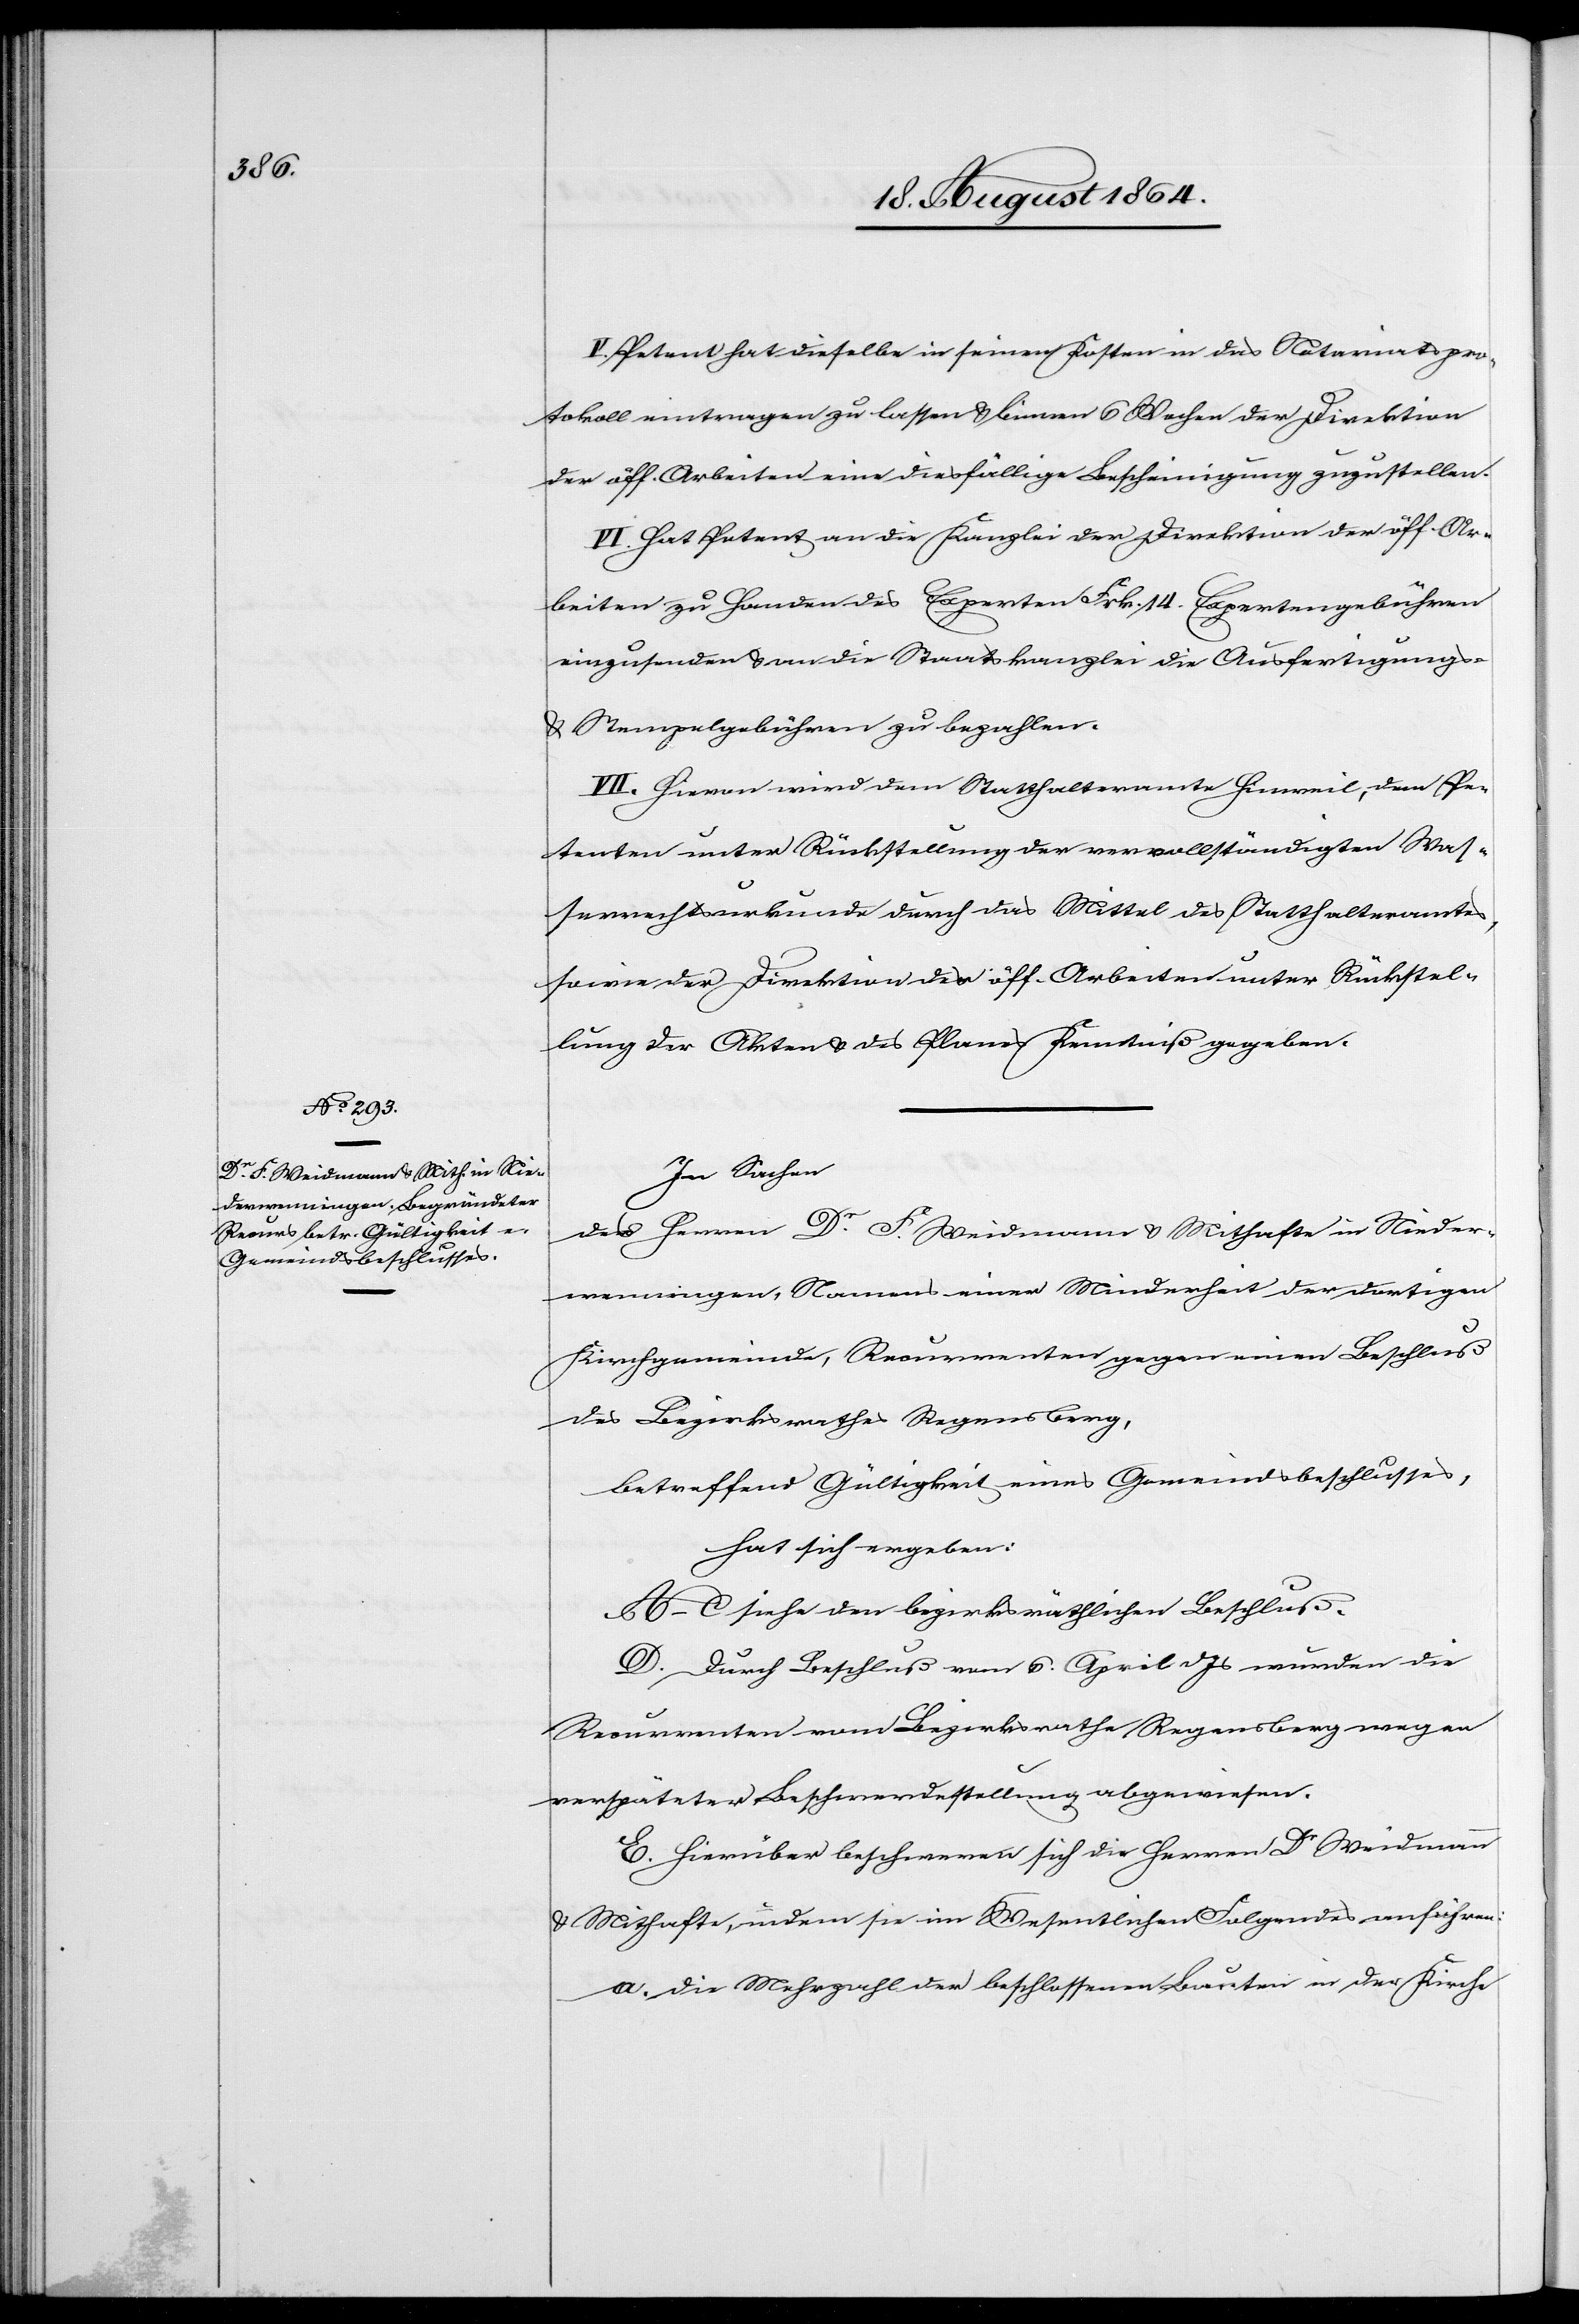
V. Petent hat dieselbe in seinen Kosten in das Notariatspro¬
tokoll eintragen zu lassen & binnen 6 Wochen der Direktion
der öff. Arbeiten eine diesfällige Bescheinigung zuzustellen.
VI. Hat Petent an die Kanzlei der Direktion der öff. Ar¬
beiten zu Handen des Experten Frk. 14 Expertengebühren
einzusenden & an die Staatskanzlei die Ausfertigungs-
& Stempelgebühren zu bezahlen.
VII. Hievon wird dem Statthalteramte Hinweil, dem Pe¬
tenten unter Rückstellung der vervollständigten Was¬
serrechtsurkunde durch das Mittel des Statthalteramtes,
sowie der Direktion der öff. Arbeiten unter Rückstel¬
lung der Akten & des Planes Kenntniß gegeben.
In Sachen
der Herren Dr. F. Weidmann & Mithafte in Nieder¬
wenningen, Namens einer Minderheit der dortigen
Kirchgemeinde, Recurrenten gegen einen Beschluß
des Bezirksrathes Regensberg,
betreffend Gültigkeit eines Gemeindsbeschlusses,
hat sich ergeben:
A.–C. siehe den bezirksräthlichen Beschluß.
D. Durch Beschluß vom 6. April d. Js. wurden die
Recurrenten vom Bezirksrathe Regensberg wegen
verspäteter Beschwerdestellung abgewiesen.
E. Hierüber beschweren sich die Herren Dr Weidmann
& Mithafte, indem sie im Wesentlichen Folgendes anführen:
a. die Mehrzahl der beschlossenen Bauten in der Kirche